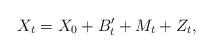
LaTeX: \begin{align*} X_t=X_0+B'_t+M_t+Z_t,\end{align*}